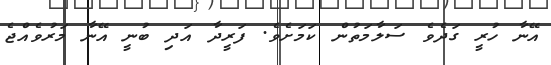
އޭނާ ހުރީ ގަދެވެ ސަލާމަތުން ކަމަށެވެ. ފަރީދާ އަދި ބުނީ އޭނާ މަރުވެއްޖެ